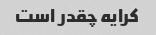
کرایه چقدر است